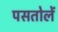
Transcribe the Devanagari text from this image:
पसतोलें